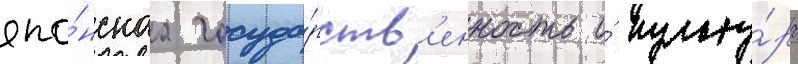
япо́нскаа госуда́рств'енность и́ культу́ра